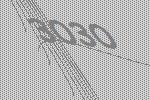
3030